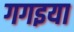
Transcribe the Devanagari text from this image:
गगइया